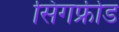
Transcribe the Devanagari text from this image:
सिगफ्रीड